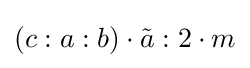
\left(c:a:b\right)\cdot {\tilde {a}}:2\cdot m